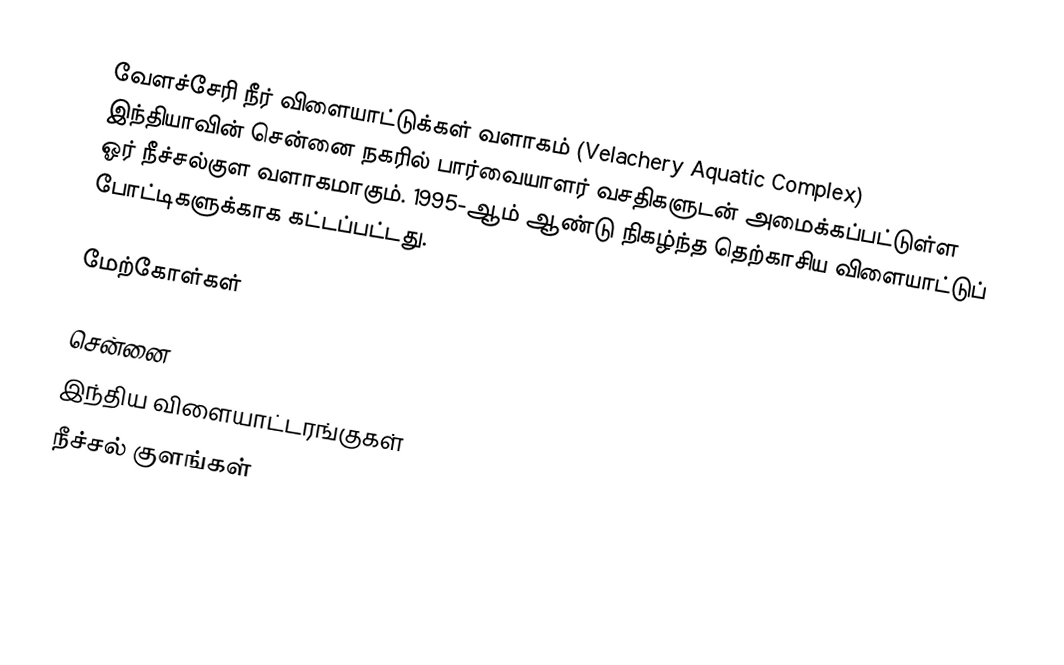
வேளச்சேரி நீர் விளையாட்டுக்கள் வளாகம் (Velachery Aquatic Complex) இந்தியாவின் சென்னை நகரில் பார்வையாளர் வசதிகளுடன் அமைக்கப்பட்டுள்ள ஓர் நீச்சல்குள வளாகமாகும். 1995-ஆம் ஆண்டு நிகழ்ந்த தெற்காசிய விளையாட்டுப் போட்டிகளுக்காக கட்டப்பட்டது.

மேற்கோள்கள்

சென்னை
இந்திய விளையாட்டரங்குகள்
நீச்சல் குளங்கள்